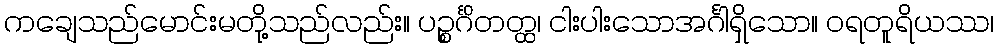
ကချေသည်မောင်းမတို့သည်လည်း။ ပဉ္စင်္ဂိတတ္ထ၊ ငါးပါးသောအင်္ဂါရှိသော။ ဝရတူရိယဿ၊